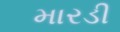
મારડી